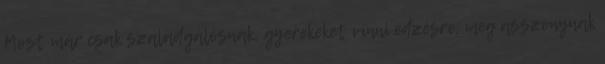
Most már csak szaladgálósnak, gyerekeket vinni edzésre, meg asszonynak